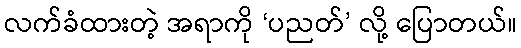
လက်ခံထားတဲ့ အရာကို ‘ပညတ်’ လို့ ပြောတယ်။